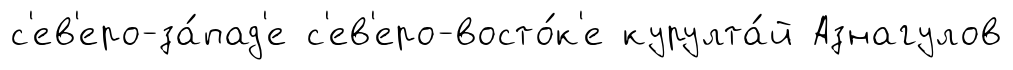
с'ев'еро-за́пад'е с'ев'еро-восто́к'е курулта́й Азнагулов